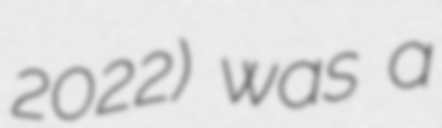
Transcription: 2022) was a